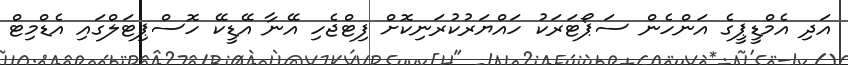
އަދި އެމްޑީޕީގެ އަންހެން ސަޕޯޓަރަކު ހައްޔަރުކުރަނިކޮށް ފިޓްޖެހި އޭނާ އޭޑީކޭ ހޮސްޕިޓަލްގައި އެޑްމިޓް